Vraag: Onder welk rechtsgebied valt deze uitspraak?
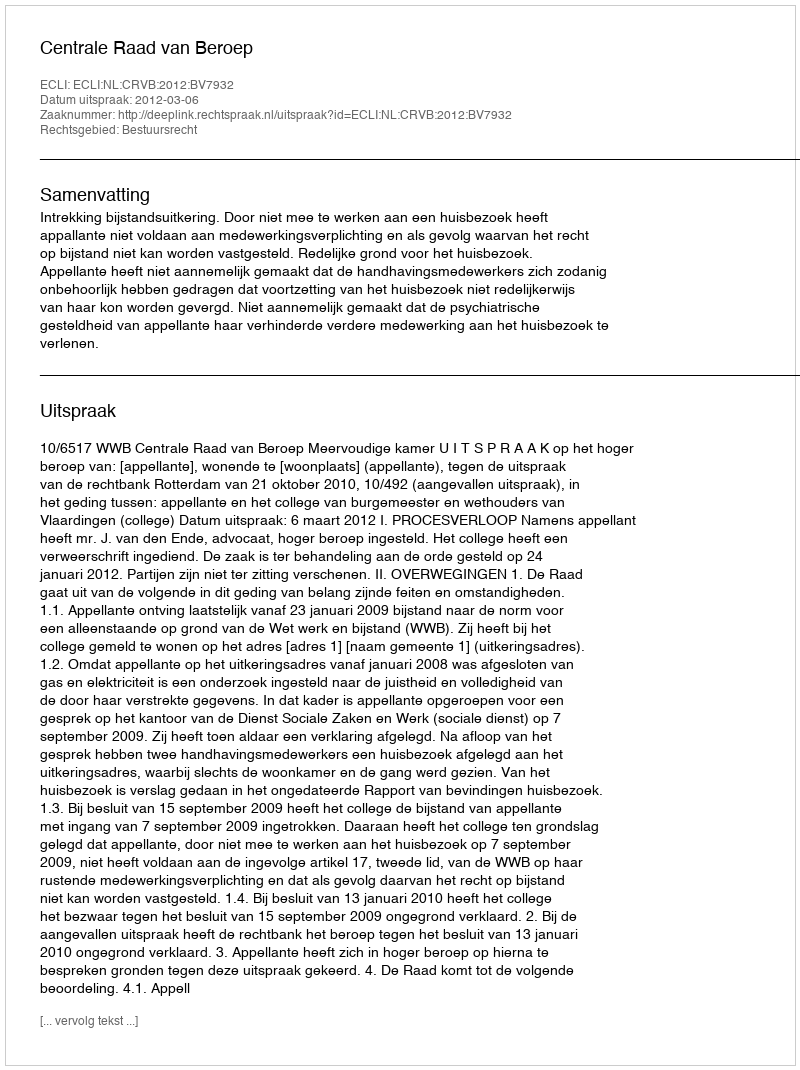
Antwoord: Bestuursrecht